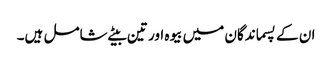
ان کے پسماندگان میں بیوہ اور تین بیٹے شامل ہیں۔